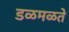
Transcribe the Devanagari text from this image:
डळमळते